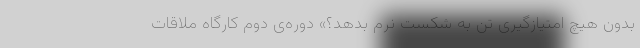
بدون هیچ امتیازگیری تن به شکست نرم بدهد؟» دوره‌ی دوم کارگاه ملاقات